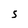
Character: 5